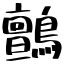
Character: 鸇